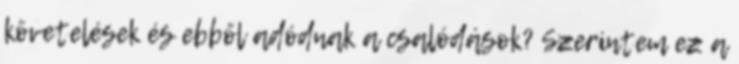
követelések és ebből adódnak a csalódások? Szerintem ez a